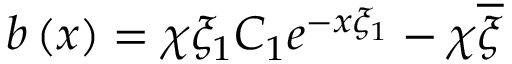
b \left( x \right) = \chi \xi _ { 1 } C _ { 1 } e ^ { - x \xi _ { 1 } } - \chi \overline { { { \xi } } }